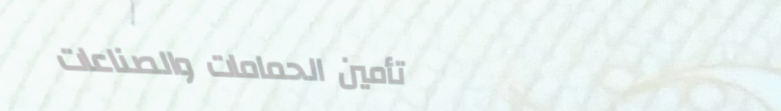
تأمين الحمامات والصناعات